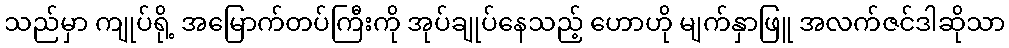
သည်မှာ ကျုပ်ရို့ အမြောက်တပ်ကြီးကို အုပ်ချုပ်နေသည့် ဟောဟို မျက်နှာဖြူ အလက်ဇင်ဒါဆိုသာ